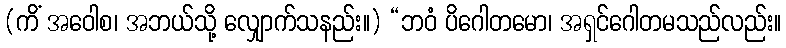
(ကိံ အဝေါစ၊ အဘယ်သို့ လျှောက်သနည်း။) “ဘဝံ ပိဂေါတမော၊ အရှင်ဂေါတမသည်လည်း။